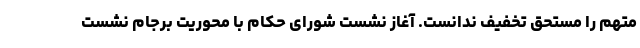
متهم را مستحق تخفیف ندانست. آغاز نشست شورای حکام با محوریت برجام نشست